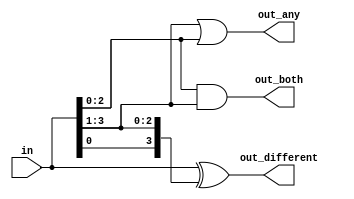
//gates and vectors
module top_module( 
    input [3:0] in,
    output [2:0] out_both,
    output [3:1] out_any,
    output [3:0] out_different );
    
    //assign out_both = {&in[3:2], &in[2:1], &in[1:0]};
    //assign out_any  = {|in[3:2], |in[2:1], |in[1:0]};
    //assign out_different = {in[0]^in[3], ^in[3:2], ^in[2:1], ^in[1:0]};
  
	  assign out_any = in[3:1] | in[2:0];
	  assign out_both = in[2:0] & in[3:1];
	  assign out_different = in ^ {in[0], in[3:1]};
	     

endmodule
/*
out_both: Each bit of this output vector should indicate whether both the corresponding input bit and its neighbour to the left (higher index) are '1'. For example, out_both[2] should indicate if in[2] and in[3] are both 1. Since in[3] has no neighbour to the left, the answer is obvious so we don't need to know out_both[3].
out_any: Each bit of this output vector should indicate whether any of the corresponding input bit and its neighbour to the right are '1'. For example, out_any[2] should indicate if either in[2] or in[1] are 1. Since in[0] has no neighbour to the right, the answer is obvious so we don't need to know out_any[0].
out_different: Each bit of this output vector should indicate whether the corresponding input bit is different from its neighbour to the left. For example, out_different[2] should indicate if in[2] is different from in[3]. For this part, treat the vector as wrapping around, so in[3]'s neighbour to the left is in[0].
*/